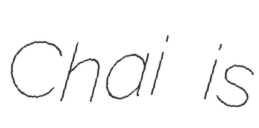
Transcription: Chai is